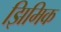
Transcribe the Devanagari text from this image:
झिमिक